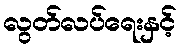
လွတ်လပ်ရေးနှင့်